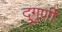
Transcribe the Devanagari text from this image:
दुगुणी